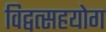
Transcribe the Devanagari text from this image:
विद्वत्सहयोग